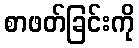
စာဖတ်ခြင်းကို